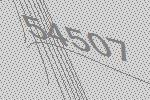
54507